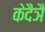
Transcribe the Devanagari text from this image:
केदैञै